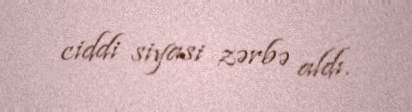
ciddi siyasi zərbə aldı.